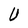
Character: U